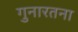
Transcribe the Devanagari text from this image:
गुनारतना